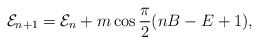
\begin{align*} {\cal E}_{n+1}={\cal E}_n + m\cos\frac{\pi}{2}(nB-E+1),\end{align*}